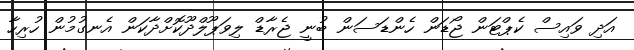
އަދި ވައިސް ކެޕްޓަން ޖޯޑަން ހެންޑަސަން ބުނީ ޖެރާޑް ލިވަޕޫލްދޫކޮށްދާކަން އެނގުމުން ހުރިހާ